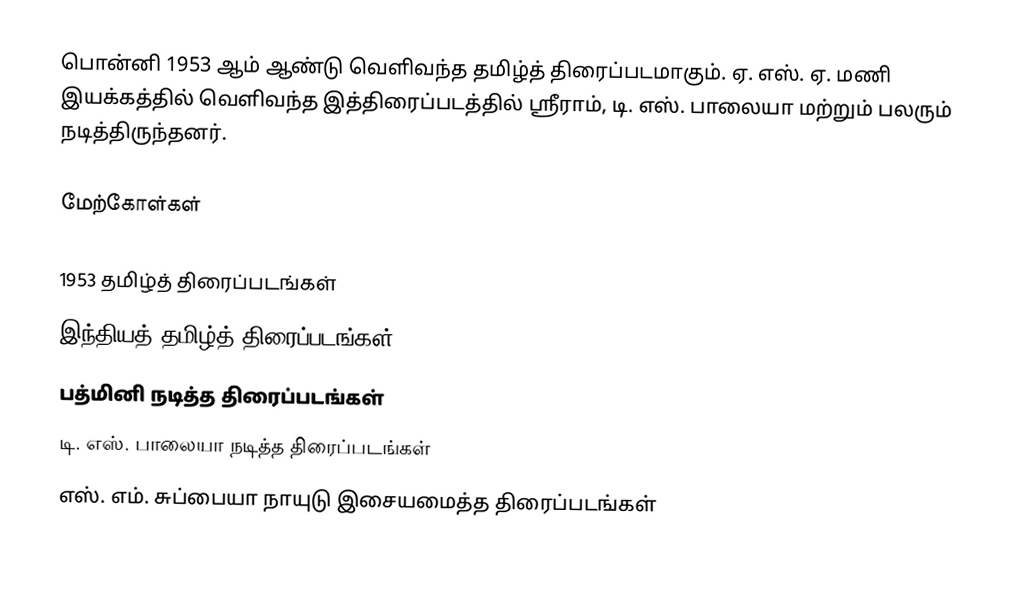
பொன்னி 1953 ஆம் ஆண்டு வெளிவந்த தமிழ்த் திரைப்படமாகும். ஏ. எஸ். ஏ. மணி இயக்கத்தில் வெளிவந்த இத்திரைப்படத்தில் ஸ்ரீராம், டி. எஸ். பாலையா மற்றும் பலரும் நடித்திருந்தனர்.

மேற்கோள்கள்

1953 தமிழ்த் திரைப்படங்கள்
இந்தியத் தமிழ்த் திரைப்படங்கள்
பத்மினி நடித்த திரைப்படங்கள்
டி. எஸ். பாலையா நடித்த திரைப்படங்கள்
எஸ். எம். சுப்பையா நாயுடு இசையமைத்த திரைப்படங்கள்